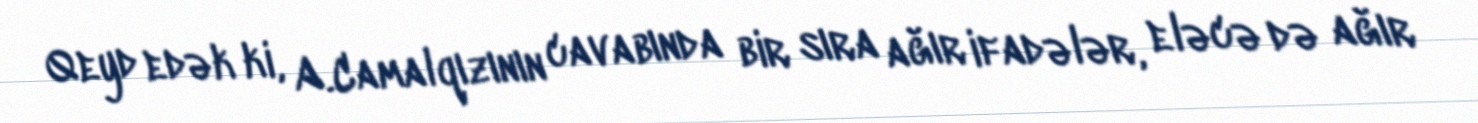
Qeyd edək ki, A.Camalqızının cavabında bir sıra ağır ifadələr, eləcə də ağır